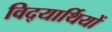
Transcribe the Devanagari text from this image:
विद्‍यार्थियों